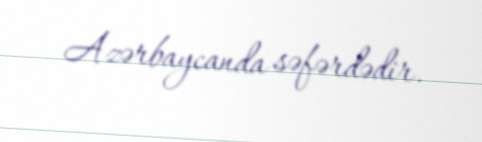
Azərbaycanda səfərdədir.